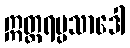
ဣတ္တရပ္ပသာဒေါ